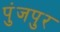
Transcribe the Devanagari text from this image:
पुंजपुर